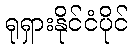
ရုရှားနိုင်ငံပိုင်